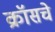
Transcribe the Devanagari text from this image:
क्रॉसचे